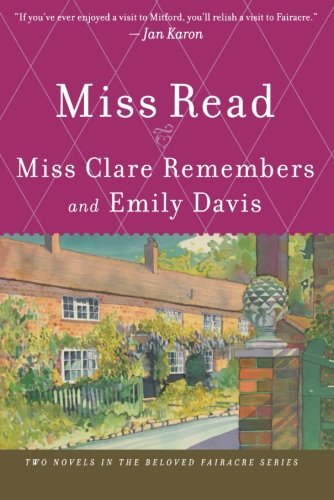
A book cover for Miss Clare Remembers and Emily Davis (The Fairacre Series 4 & 8); Miss Read; Literature & Fiction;